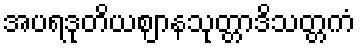
အပရဒုတိယဈာနသုတ္တာဒိသတ္တကံ